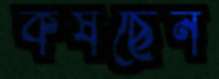
কষছেন